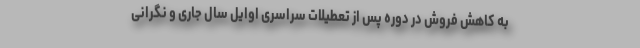
به کاهش فروش در دوره پس از تعطیلات سراسری اوایل سال جاری و نگرانی